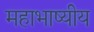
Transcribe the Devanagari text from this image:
महाभाष्यीय